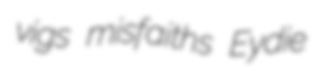
vigs misfaiths Eydie